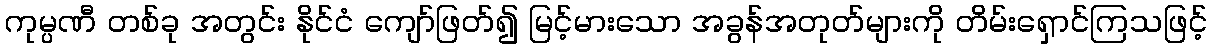
ကုမ္ပဏီ တစ်ခု အတွင်း နိုင်ငံ ကျော်ဖြတ်၍ မြင့်မားသော အခွန်အတုတ်များကို တိမ်းရှောင်ကြသဖြင့်